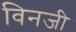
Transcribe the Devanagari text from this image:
विनजी